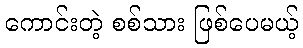
ကောင်းတဲ့ စစ်သား ဖြစ်ပေမယ့်